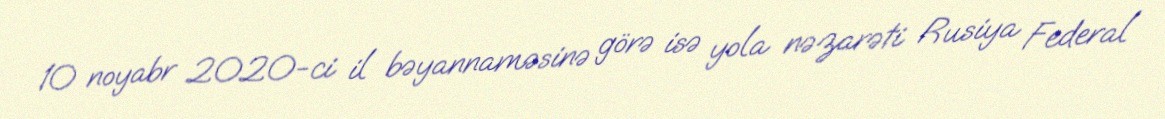
10 noyabr 2020-ci il bəyannaməsinə görə isə yola nəzarəti Rusiya Federal